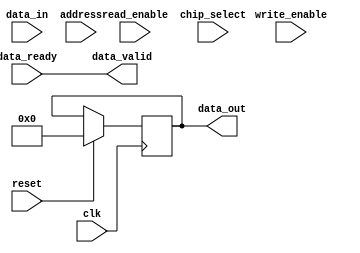
module DDR_SDRAM (
    input wire clk,
    input wire reset,
    input wire write_enable,
    input wire read_enable,
    input wire [7:0] data_in,
    output reg [7:0] data_out,
    input wire [13:0] address,
    input wire chip_select,
    input wire data_ready,
    output wire data_valid
);

reg [7:0] memory [0:16383];
reg [7:0] read_data;

always @(posedge clk) begin
    if (reset) begin
        data_out <= 8'b0;
    end else begin
        if (write_enable) begin
            memory[address] <= data_in;
        end
        
        if (read_enable) begin
            read_data <= memory[address];
        end
    end
end

assign data_valid = data_ready;

endmodule